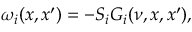
\omega _ { i } ( x , x ^ { \prime } ) = - S _ { i } G _ { i } ( \nu , x , x ^ { \prime } ) ,